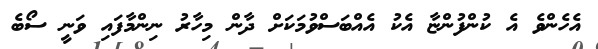
އެހެންވެ އެ ކުންފުންޏާ އެކު އެއްބަސްވުމަކަށް ދާން މިހާރު ނިންމާފައި ވަނީ ސޯބެ